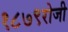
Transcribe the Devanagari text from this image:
१८७९रोजी